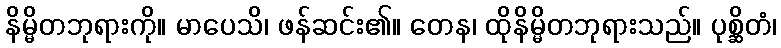
နိမ္မိတဘုရားကို။ မာပေသိ၊ ဖန်ဆင်း၏။ တေန၊ ထိုနိမ္မိတဘုရားသည်။ ပုစ္ဆိတံ၊